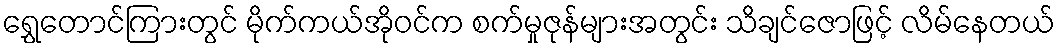
ရွှေတောင်ကြားတွင် မိုက်ကယ်အိုဝင်က စက်မှုဇုန်များအတွင်း သိချင်ဇောဖြင့် လိမ်နေတယ်